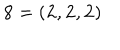
{ \bf 8 } = \left( { \bf 2 } , { \bf 2 } , { \bf 2 } \right)